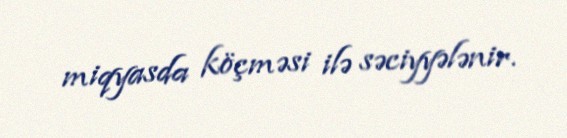
miqyasda köçməsi ilə səciyyələnir.